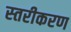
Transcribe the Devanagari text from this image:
स्‍तरीकरण